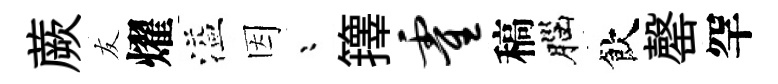
蕨友燿溢因漸籜霍稿腦飲罄罕